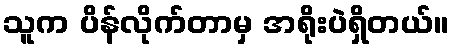
သူက ပိန်လိုက်တာမှ အရိုးပဲရှိတယ်။